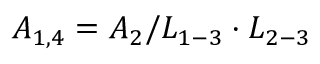
{ A _ { 1 , 4 } } = { A _ { 2 } } / { L _ { 1 - 3 } } \cdot { L _ { 2 - 3 } }